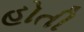
હોતી